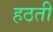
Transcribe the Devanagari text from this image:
हठती